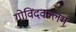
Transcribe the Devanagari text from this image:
गोविदवल्लभ